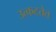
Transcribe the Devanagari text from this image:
उत्कटतेत